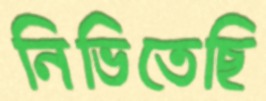
নিভিতেছি